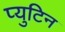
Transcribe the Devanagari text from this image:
प्युटिन